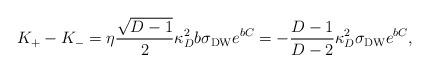
LaTeX: \begin{align*}K_+-K_-=\eta{\sqrt{D-1}\over 2}\kappa^2_Db\sigma_{\rm DW}e^{bC}=-{{D-1}\over{D-2}}\kappa^2_D\sigma_{\rm DW}e^{bC},\end{align*}